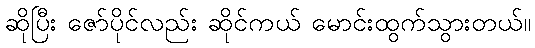
ဆိုပြီး ဇော်ပိုင်လည်း ဆိုင်ကယ် မောင်းထွက်သွားတယ်။